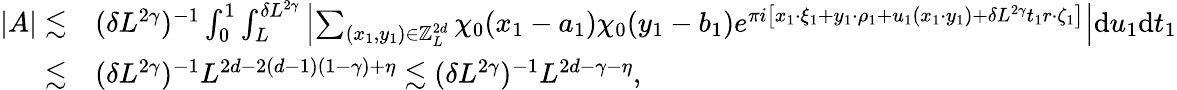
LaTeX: \begin{array}{rl}{|A|\lesssim}&{(\delta L^{2\gamma})^{-1}\int_{0}^{1}\int_{L}^{\delta L^{2\gamma}}\left|\sum_{(x_{1},y_{1})\in\mathbb Z_{L}^{2d}}\chi_{0}({x_{1}-a_{1}})\chi_{0}({y_{1}-b_{1}})e^{\pi i\left[x_{1}\cdot\xi_{1}+y_{1}\cdot\rho_{1}+u_{1}(x_{1}\cdot y_{1})+\delta L^{2\gamma}t_{1}r\cdot\zeta_{1}\right]}\right|\mathrm{d}u_{1}\mathrm{d}t_{1}}\\ {\lesssim}&{(\delta L^{2\gamma})^{-1}L^{2d-2(d-1)(1-\gamma)+\eta}\lesssim(\delta L^{2\gamma})^{-1}L^{2d-\gamma-\eta},}\end{array}